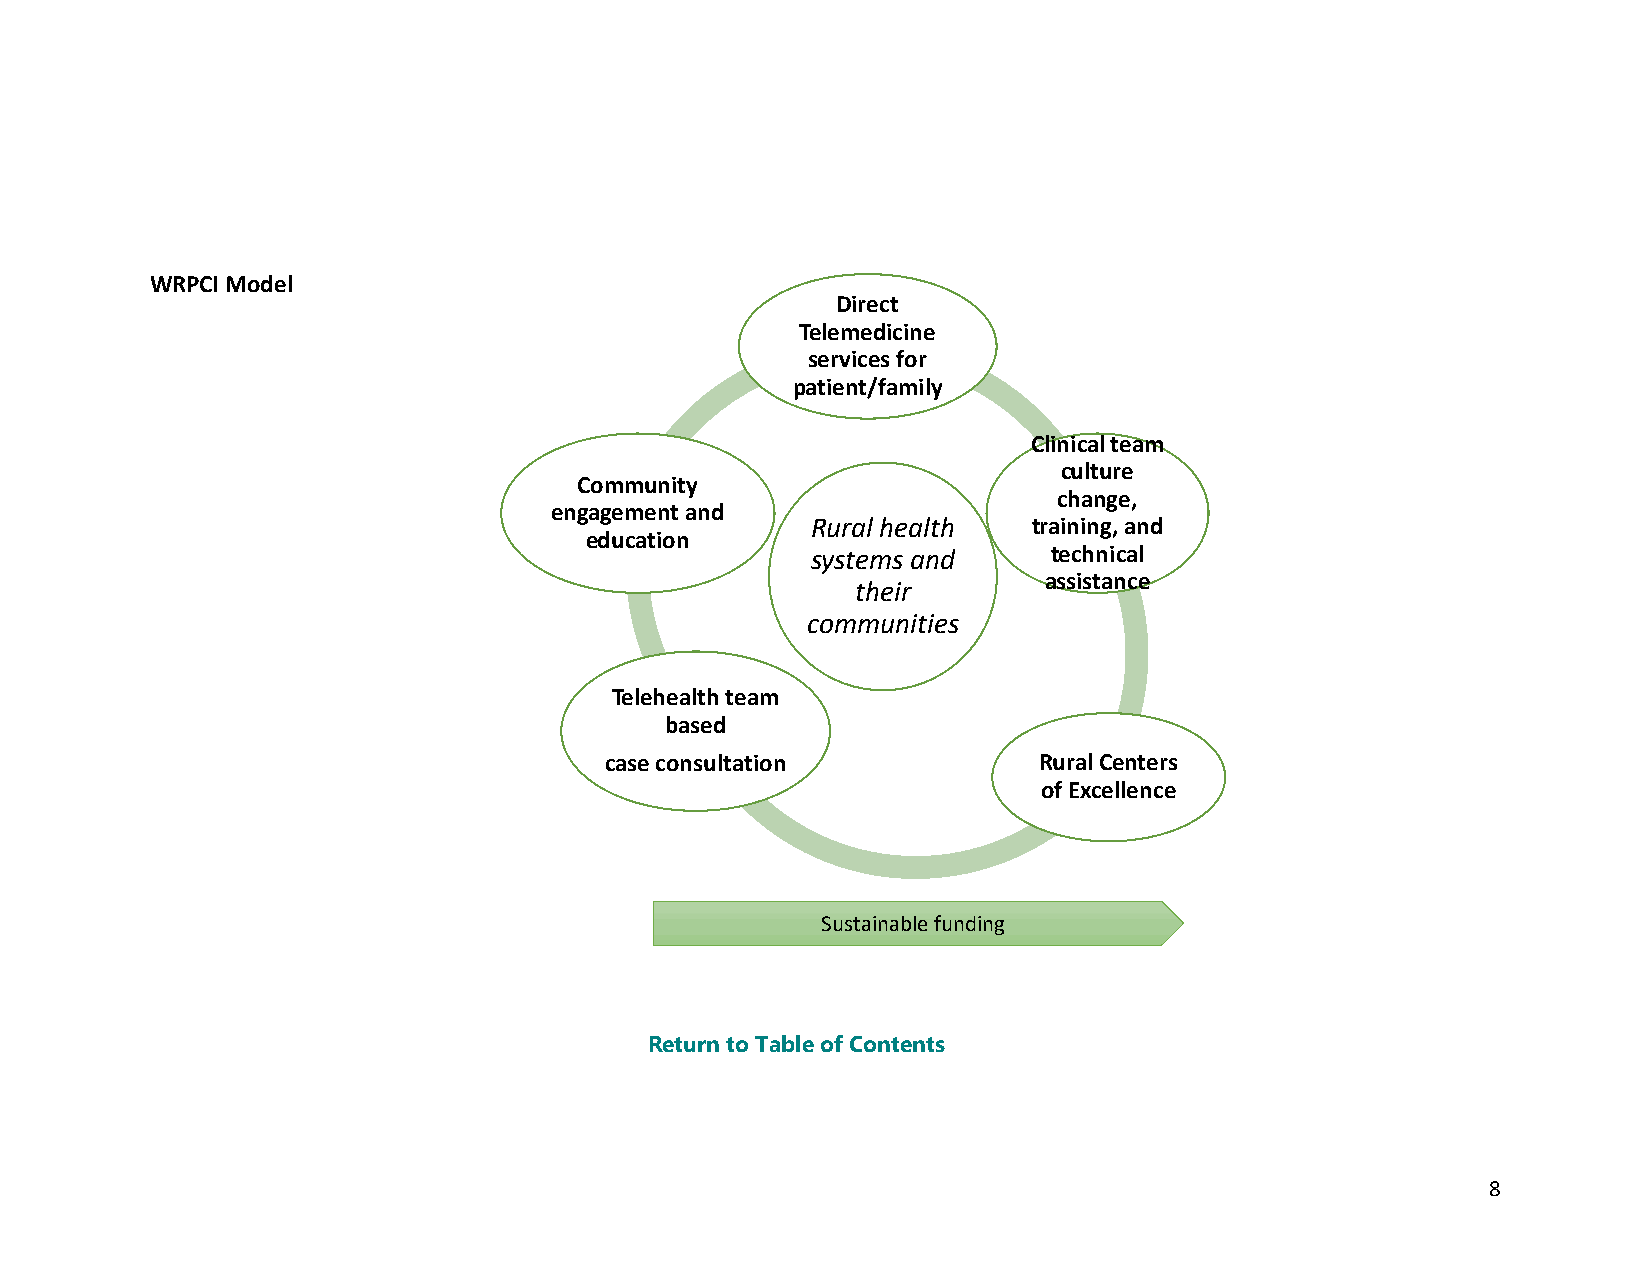
WRPCI Model
 Direct
 Telemedicine
 services for
 patient/family
 Clinical team
 culture
 Community
 change,
 engagement and
 Rural health  training, and
 education
 systems and     technical
 assistance
 their
 communities
 Telehealth team
 based
 case consultation            Rural Centers
 of Excellence
 Sustainable funding
 Return to Table of Contents
 8